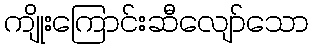
ကျိုးကြောင်းဆီလျော်သော